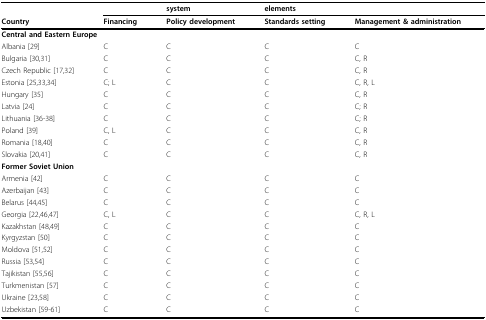
<table><thead><tr><td></td><td></td><td><b>system</b></td><td><b>elements</b></td><td></td></tr><tr><td><b>Country</b></td><td><b>Financing</b></td><td><b>Policy development</b></td><td><b>Standards setting</b></td><td><b>Management &amp; administration</b></td></tr></thead><tbody><tr><td colspan="5"><b>Central and Eastern Europe</b></td></tr><tr><td>Albania [29]</td><td>C</td><td>C</td><td>C</td><td>C</td></tr><tr><td>Bulgaria [30,31]</td><td>C</td><td>C</td><td>C</td><td>C, R</td></tr><tr><td>Czech Republic [17,32]</td><td>C</td><td>C</td><td>C</td><td>C, R</td></tr><tr><td>Estonia [25,33,34]</td><td>C; L</td><td>C</td><td>C</td><td>C, R, L</td></tr><tr><td>Hungary [35]</td><td>C</td><td>C</td><td>C</td><td>C, R</td></tr><tr><td>Latvia [24]</td><td>C</td><td>C</td><td>C</td><td>C; R</td></tr><tr><td>Lithuania [36-38]</td><td>C</td><td>C</td><td>C</td><td>C; R</td></tr><tr><td>Poland [39]</td><td>C, L</td><td>C</td><td>C</td><td>C, R</td></tr><tr><td>Romania [18,40]</td><td>C</td><td>C</td><td>C</td><td>C, R</td></tr><tr><td>Slovakia [20,41]</td><td>C</td><td>C</td><td>C</td><td>C, R</td></tr><tr><td colspan="5"><b>Former Soviet Union</b></td></tr><tr><td>Armenia [42]</td><td>C</td><td>C</td><td>C</td><td>C</td></tr><tr><td>Azerbaijan [43]</td><td>C</td><td>C</td><td>C</td><td>C</td></tr><tr><td>Belarus [44,45]</td><td>C</td><td>C</td><td>C</td><td>C</td></tr><tr><td>Georgia [22,46,47]</td><td>C, L</td><td>C</td><td>C</td><td>C, R, L</td></tr><tr><td>Kazakhstan [48,49]</td><td>C</td><td>C</td><td>C</td><td>C</td></tr><tr><td>Kyrgyzstan [50]</td><td>C</td><td>C</td><td>C</td><td>C</td></tr><tr><td>Moldova [51,52]</td><td>C</td><td>C</td><td>C</td><td>C</td></tr><tr><td>Russia [53,54]</td><td>C</td><td>C</td><td>C</td><td>C</td></tr><tr><td>Tajikistan [55,56]</td><td>C</td><td>C</td><td>C</td><td>C</td></tr><tr><td>Turkmenistan [57]</td><td>C</td><td>C</td><td>C</td><td>C</td></tr><tr><td>Ukraine [23,58]</td><td>C</td><td>C</td><td>C</td><td>C</td></tr><tr><td>Uzbekistan [59-61]</td><td>C</td><td>C</td><td>C</td><td>C</td></tr></tbody></table>